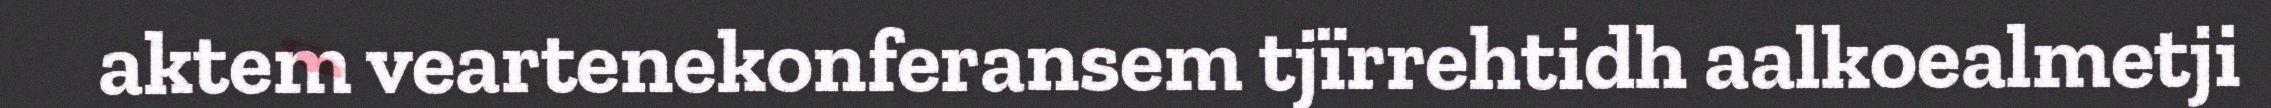
aktem veartenekonferansem tjïrrehtidh aalkoealmetji